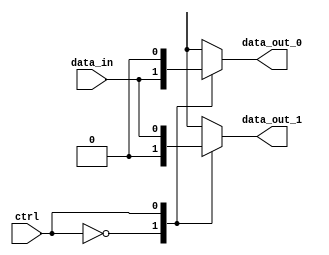
module demux_1to2 (
    input wire data_in,
    input wire ctrl,
    output reg data_out_0,
    output reg data_out_1
);

always @(*)
begin
    case(ctrl)
        0: begin
            data_out_0 = data_in;
            data_out_1 = 1'b0;
        end
        1: begin
            data_out_0 = 1'b0;
            data_out_1 = data_in;
        end
    endcase
end

endmodule